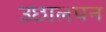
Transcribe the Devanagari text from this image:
उछालपन